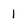
Character: 1